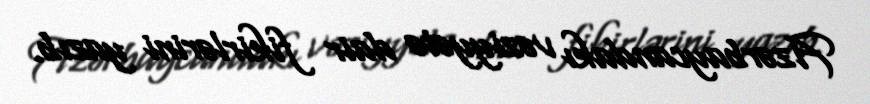
Azərbaycandakı vəziyyətə dair fikirlərini yazıb.